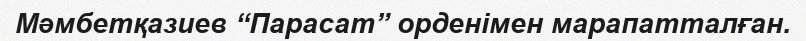
Мәмбетқазиев “Парасат” орденімен марапатталған.